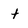
Character: t